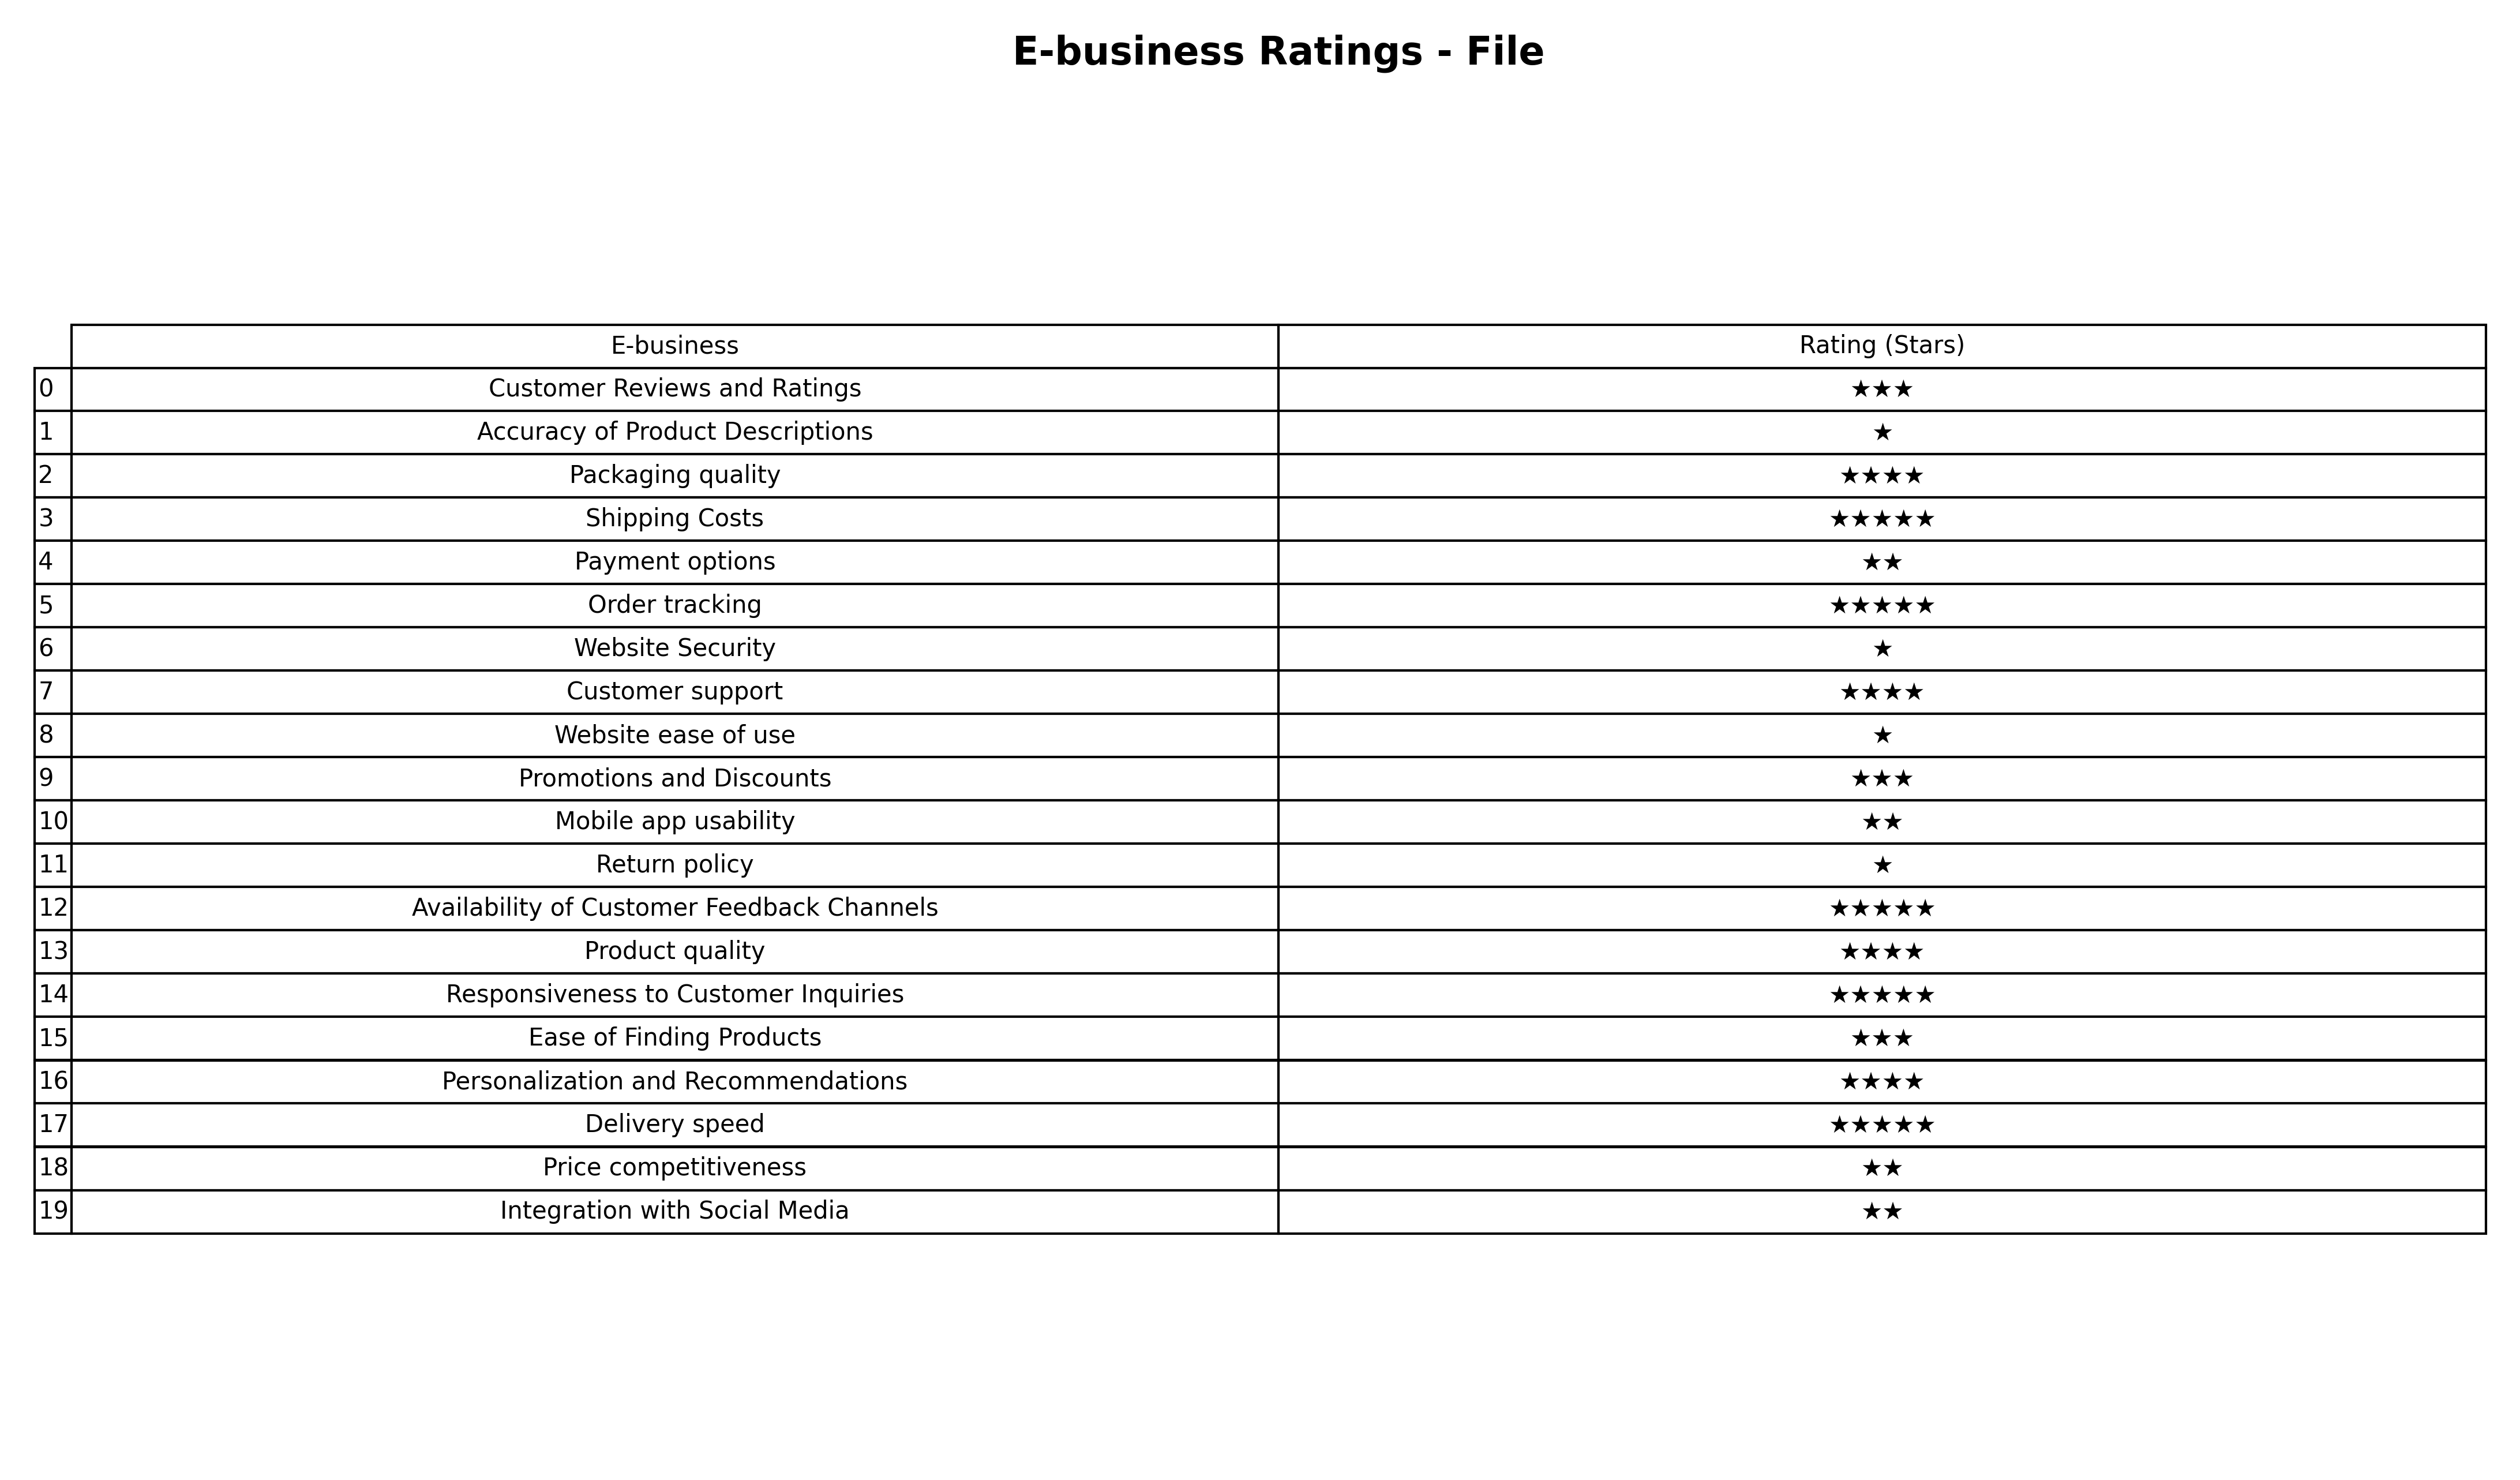
question: What is the rating of Integration with Social Media?
answer: ★★